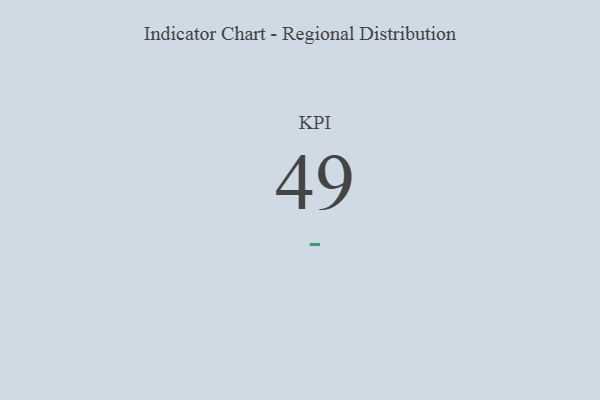
{"axis": {"x": "KPI", "y": "Value"}, "legend": [""], "data": [{"x": "KPI", "y": 49, "type": ""}]}